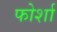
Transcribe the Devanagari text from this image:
फोर्शा